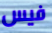
فيس